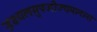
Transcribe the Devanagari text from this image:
इक्ष्यलमुपजीज्यमानानां